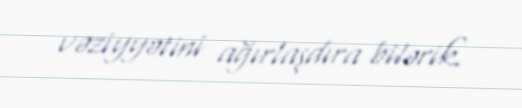
vəziyyətini ağırlaşdıra bilərik.